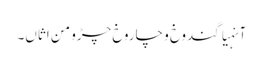
آنہیاگندوخ و چاروخ چڑو من اثاں۔